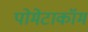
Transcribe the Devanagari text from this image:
पोमेटाकॉम